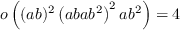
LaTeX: o \left( ( a b ) ^ { 2 } \left( a b a b ^ { 2 } \right) ^ { 2 } a b ^ { 2 } \right) = 4